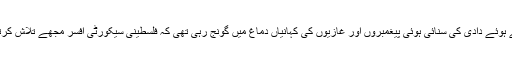
بچپن میں سلاتے ہوئے دادی کی سنائی ہوئی پیغمبروں اور غازیوں کی کہانیاں دماغ میں گونج رہی تھی کہ فلسطینی سیکورٹی افسر مجھے تلاش کرتے ہوئے آپہنچا۔